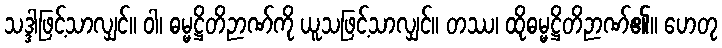
သဒ္ဒါဖြင့်သာလျှင်။ ဝါ၊ ဓမ္မဋ္ဌိတိဉာဏ်ကို ယူသဖြင့်သာလျှင်။ တဿ၊ ထိုဓမ္မဋ္ဌိတိဉာဏ်၏။ ဟေတု